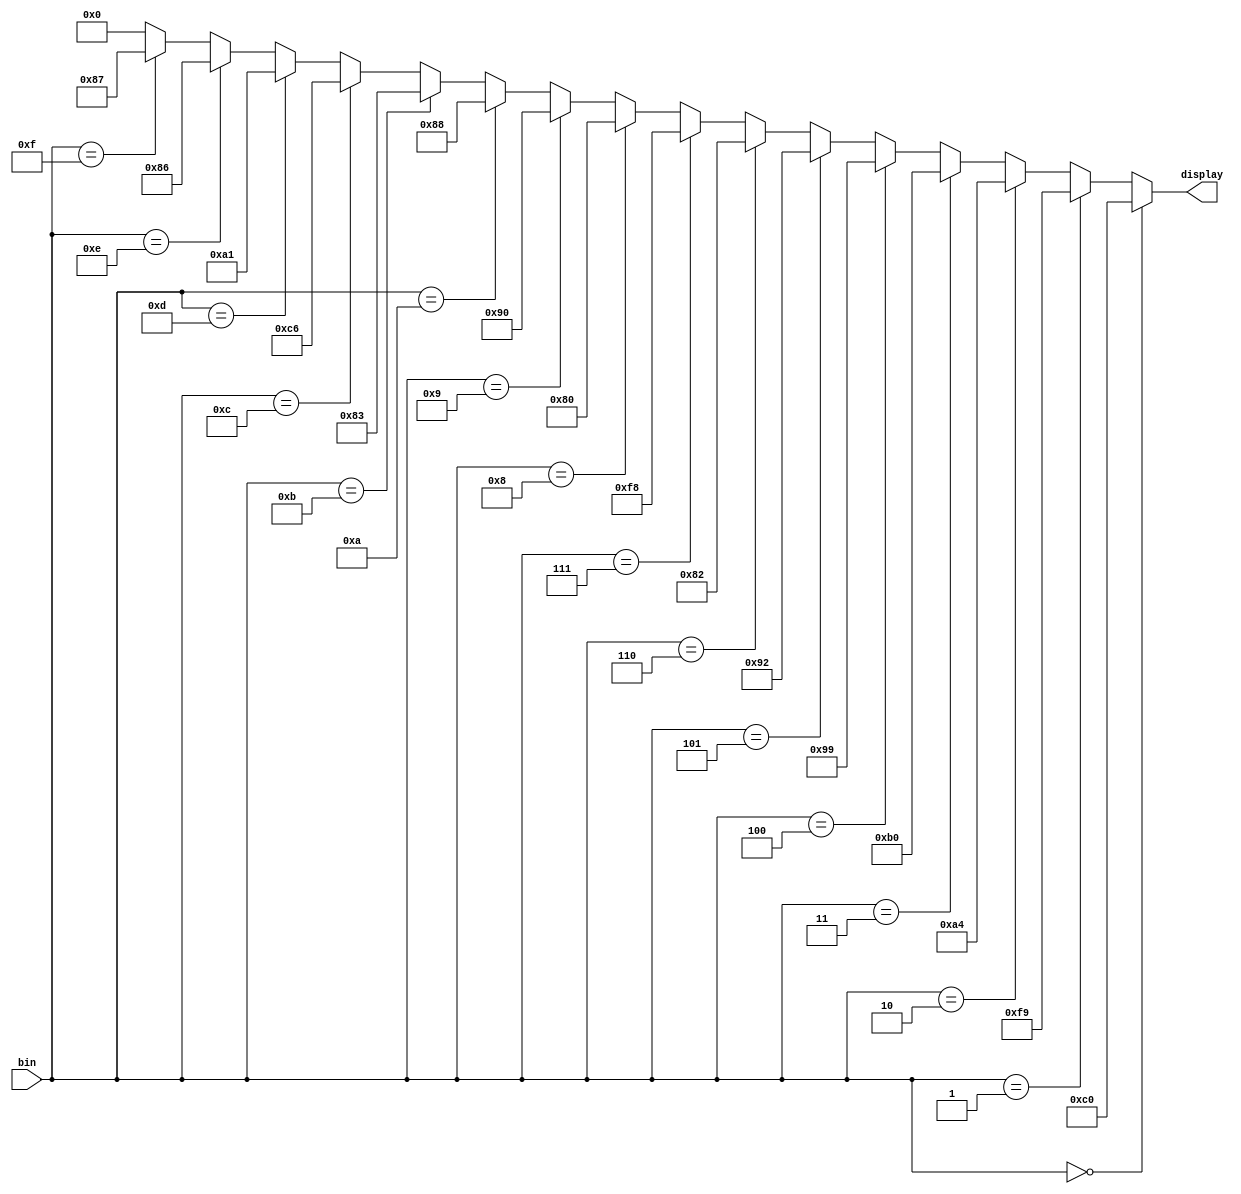
`timescale 1ns / 1ps
//////////////////////////////////////////////////////////////////////////////////
// Company: 
// Engineer: 
// 
// Design Name: 
// Module Name:    Decodificador 
// Project Name: 
// Target Devices: 
// Tool versions: 
// Description: 
//
// Dependencies: 
//
// Revision: 
// Revision 0.01 - File Created
// Additional Comments: 
//
//////////////////////////////////////////////////////////////////////////////////
module Decodificador(
    input [3:0] bin,
    output[7:0] display
    );
	 
assign display= (bin==4'b0000) ? 8'b11000000://0
					 (bin==4'b0001) ? 8'b11111001://1
					 (bin==4'b0010) ? 8'b10100100://2
					 (bin==4'b0011) ? 8'b10110000://3
					 (bin==4'b0100) ? 8'b10011001://4
					 (bin==4'b0101) ? 8'b10010010://5
					 (bin==4'b0110) ? 8'b10000010://6
					 (bin==4'b0111) ? 8'b11111000://7
					 (bin==4'b1000) ? 8'b10000000://8
					 (bin==4'b1001) ? 8'b10010000://9
					 (bin==4'b1010) ? 8'b10001000://a
					 (bin==4'b1011) ? 8'b10000011://B
					 (bin==4'b1100) ? 8'b11000110://C
					 (bin==4'b1101) ? 8'b10100001://D
					 (bin==4'b1110) ? 8'b10000110://E
					 (bin==4'b1111) ? 8'b10000111://F
					7'b0000000;
				
			
				
					
endmodule